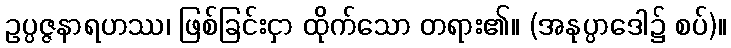
ဥပ္ပဇ္ဇနာရဟဿ၊ ဖြစ်ခြင်းငှာ ထိုက်သော တရား၏။ (အနုပ္ပာဒေါ၌ စပ်)။